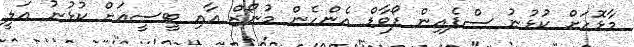
މާޅޮހަށް ކުޅުނު ސްޕެއިން ފޯވާޑް އެންހެން މުނޯޒް އާއި ޓީސީއަށް ކުޅުނު އަލީ